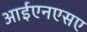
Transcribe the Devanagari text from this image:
आईएनएसए